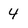
Character: 4